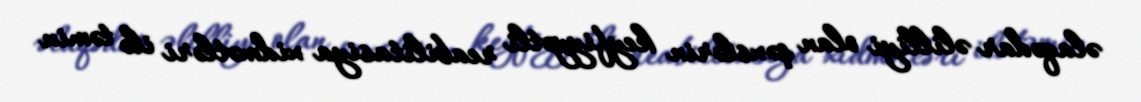
əlaqədar əlilliyi olan şəxslərin keyfiyyətli reabilitasiya xidmətləri ilə təmin